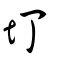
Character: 圢